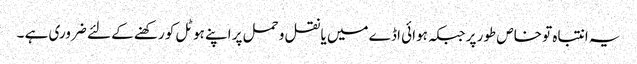
یہ انتباہ تو خاص طور پر جبکہ ہوائی اڈے میں یا نقل و حمل پر اپنے ہوٹل کو رکھنے کے لئے ضروری ہے ۔